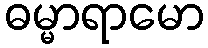
ဓမ္မာရာမော